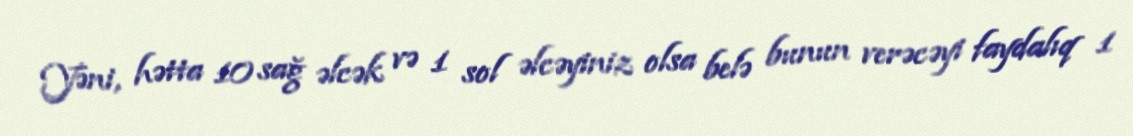
Yəni, hətta 10 sağ əlcək və 1 sol əlcəyiniz olsa belə bunun verəcəyi faydalıq 1